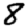
Digit: 8